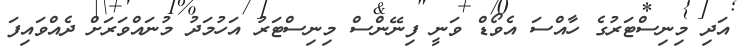
އަދި މިނިސްޓަރުގެ ހާއްސަ އެވޯޑް ވަނީ ފިނޭންސް މިނިސްޓަރު އަހުމަދު މުނައްވަރަށް ދެއްވައިފަ